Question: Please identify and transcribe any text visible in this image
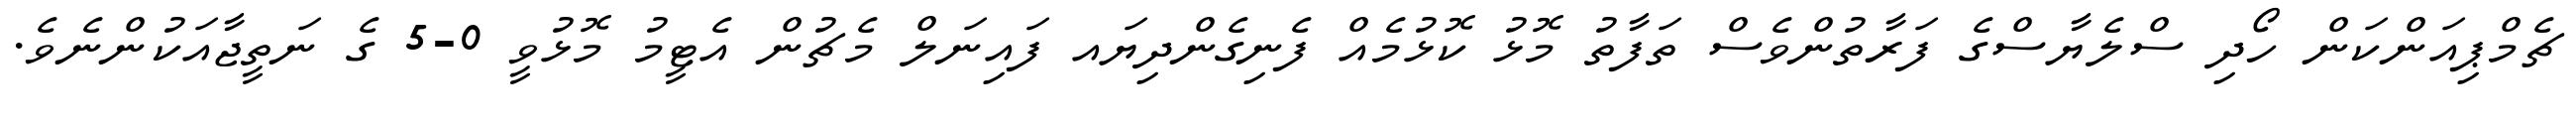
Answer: ޗެމްޕިއަންކަން ހޯދި ސްލެޔާސްގެ ފަރާތުންވެސް ތަފާތު މޮޅު ކޮޅުމެއް ފެނިގެންދިޔައ ފައިނަލް މެޗުން އެޓީމު މޮޅުވީ 0-5 ގެ ނަތީޖާއަކުންނެވެ.